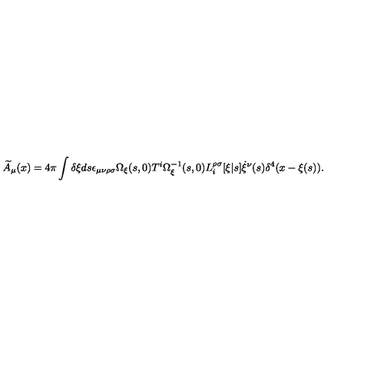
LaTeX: \widetilde { A } _ { \mu } ( x ) = 4 \pi \int \delta \xi d s \epsilon _ { \mu \nu \rho \sigma } { \Omega } _ { \xi } ( s , 0 ) T ^ { i } { \Omega } _ { \xi } ^ { - 1 } ( s , 0 ) L _ { i } ^ { \rho \sigma } [ \xi | s ] \dot { \xi } ^ { \nu } ( s ) \delta ^ { 4 } ( x - \xi ( s ) ) .